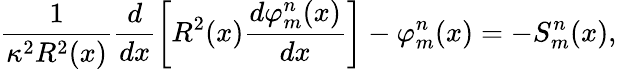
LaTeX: \frac{1}{\kappa^{2}R^{2}(x)}\frac{d}{dx}\left[R^{2}(x)\frac{d\varphi_{m}^{n}(x)}{dx}\right]-\varphi_{m}^{n}(x)=-S_{m}^{n}(x),